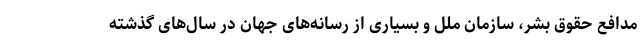
مدافع حقوق بشر، سازمان ملل و بسیاری از رسانه‌های جهان در سال‌های گذشته